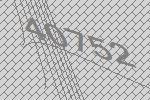
40752